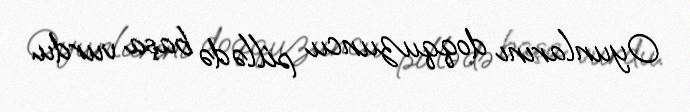
Oyunlarını doqquzuncu pillədə başa vurdu.